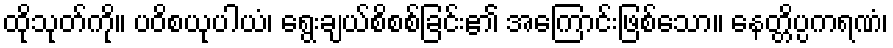
ထိုသုတ်ကို။ ပဝိစယုပါယံ၊ ရွေးချယ်စိစစ်ခြင်း၏ အကြောင်းဖြစ်သော။ နေတ္တိပ္ပကရဏံ၊